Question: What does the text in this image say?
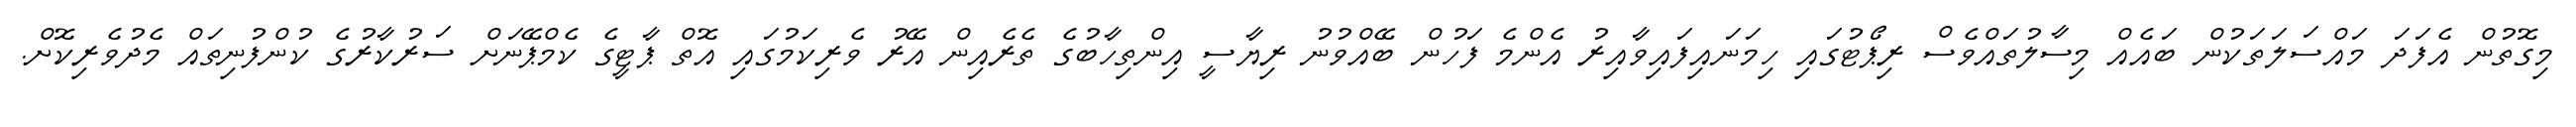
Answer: މިގޮތުން އެފަދަ މައްސަލަތަކުން ބައެއް މިސާލުތައްވެސް ރިޕޯޓުގައި ހިމަނައިފައިވާއިރު އެންމެ ފަހުން ބޭއްވުނު ރިޔާސީ އިންތިހާބުގެ ތެރެއިން އޭރު ވެރިކަމުގައި އޮތް ޕާޓީގެ ކެމްޕޭނަށް ސަރުކާރުގެ ކުންފުނިތައް މެދުވެރިކޮށް.